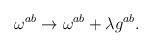
LaTeX: \begin{align*}\omega ^{ab} \rightarrow \omega^{ab}+\lambda g^{ab}.\end{align*}